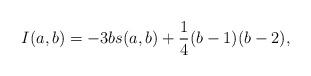
LaTeX: \begin{align*}I(a,b)=-3b s(a,b)+\frac{1}{4}(b-1)(b-2),\end{align*}